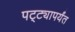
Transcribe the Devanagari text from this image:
पट्‍ट्यापर्यंत